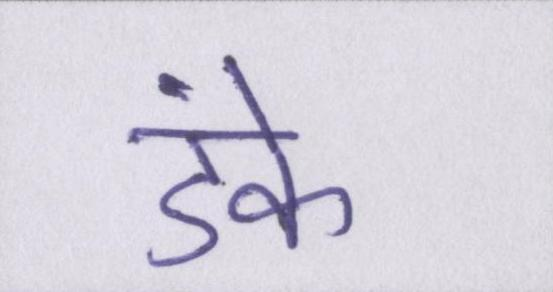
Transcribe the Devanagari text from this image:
डंके